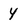
Character: 4